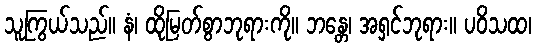
သူကြွယ်သည်။ နံ၊ ထိုမြတ်စွာဘုရားကို။ ဘန္တေ၊ အရှင်ဘုရား။ ပဝိသထ၊